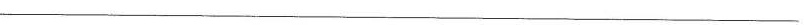
————————————————